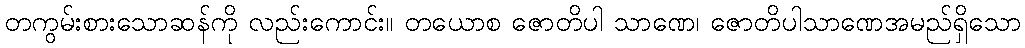
တကွမ်းစားသောဆန်ကို လည်းကောင်း။ တယောစ ဇောတိပါ သာဏေ၊ ဇောတိပါသာဏေအမည်ရှိသော